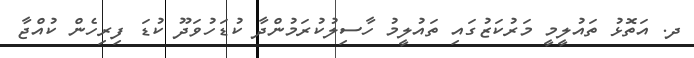
ދ. އަތޮޅު ތައުލީމީ މަރުކަޒުގައި ތައުލީމު ހާސިލުކުރަމުންދާ ކުޑަހުވަދޫ ކުޑަ ފިރިހެން ކުއްޖާ